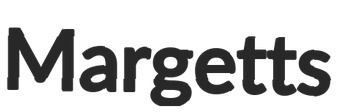
Margetts